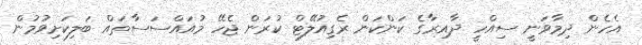
އެހެން ދިމާވަނީ ސިއްހީ ދާއިރާގެ ކަންކަން ރެގިއުލޭޓް ކުރަން ޖެހޭ މުއައްސަސާތައް ބަލިކަށިވުމުން